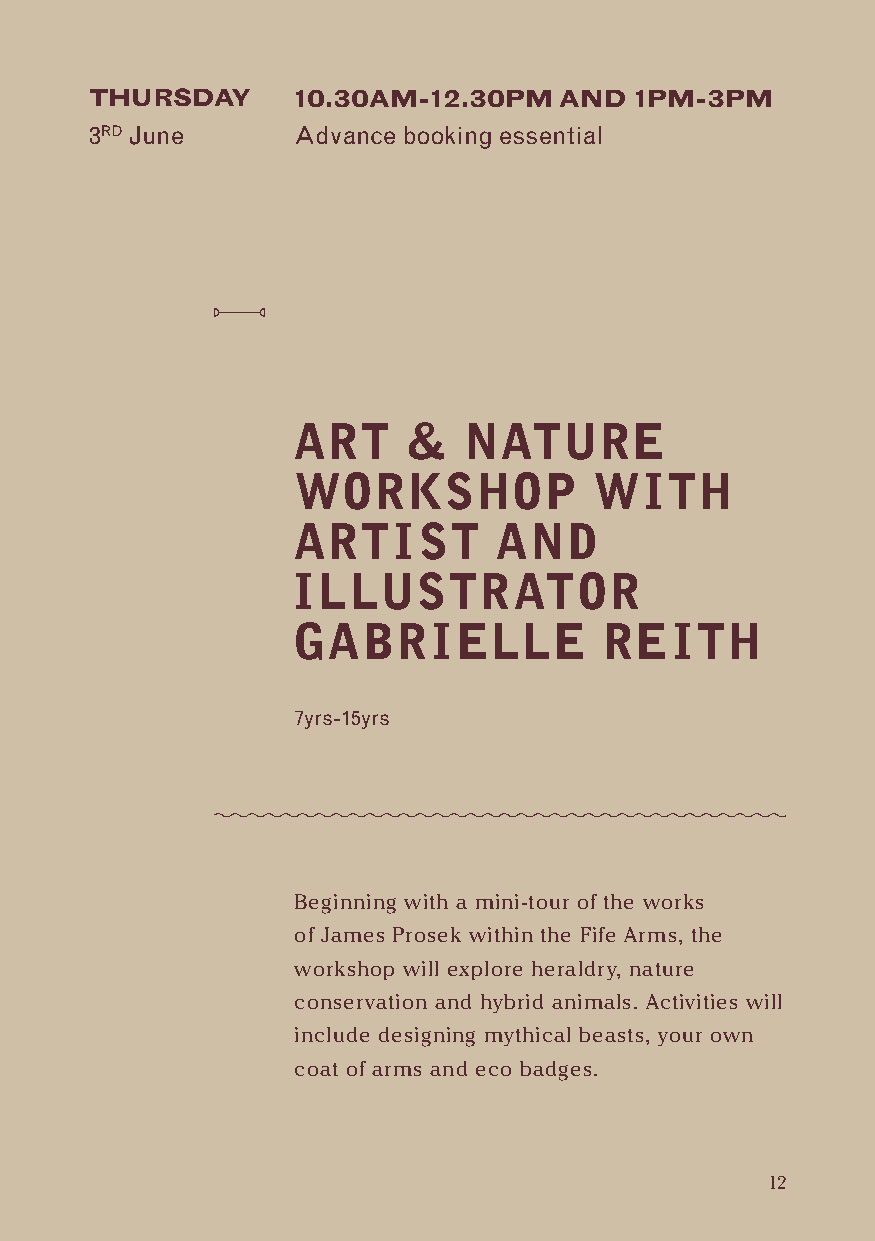
THURSDAY     10.30AM-12.30PM   AND  1PM-3PM
 3RD June     Advance booking essential
 ART     &   NATURE
 WORKSHOP            WITH
 ARTIST        AND
 ILLUSTRATOR
 GABRIELLE            REITH
 7yrs-15yrs
 Beginning with a mini-tour of the works
 of James Prosek within the Fife Arms, the
 workshop will explore heraldry, nature
 conservation and hybrid animals. Activities will
 include designing mythical beasts, your own
 coat of arms and eco badges.
 12